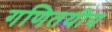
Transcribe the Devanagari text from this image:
गणितयीय